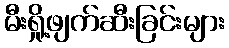
မီးရှို့ဖျက်ဆီးခြင်းများ